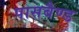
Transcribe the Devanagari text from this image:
पासबैण्ड